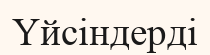
Үйсіндерді